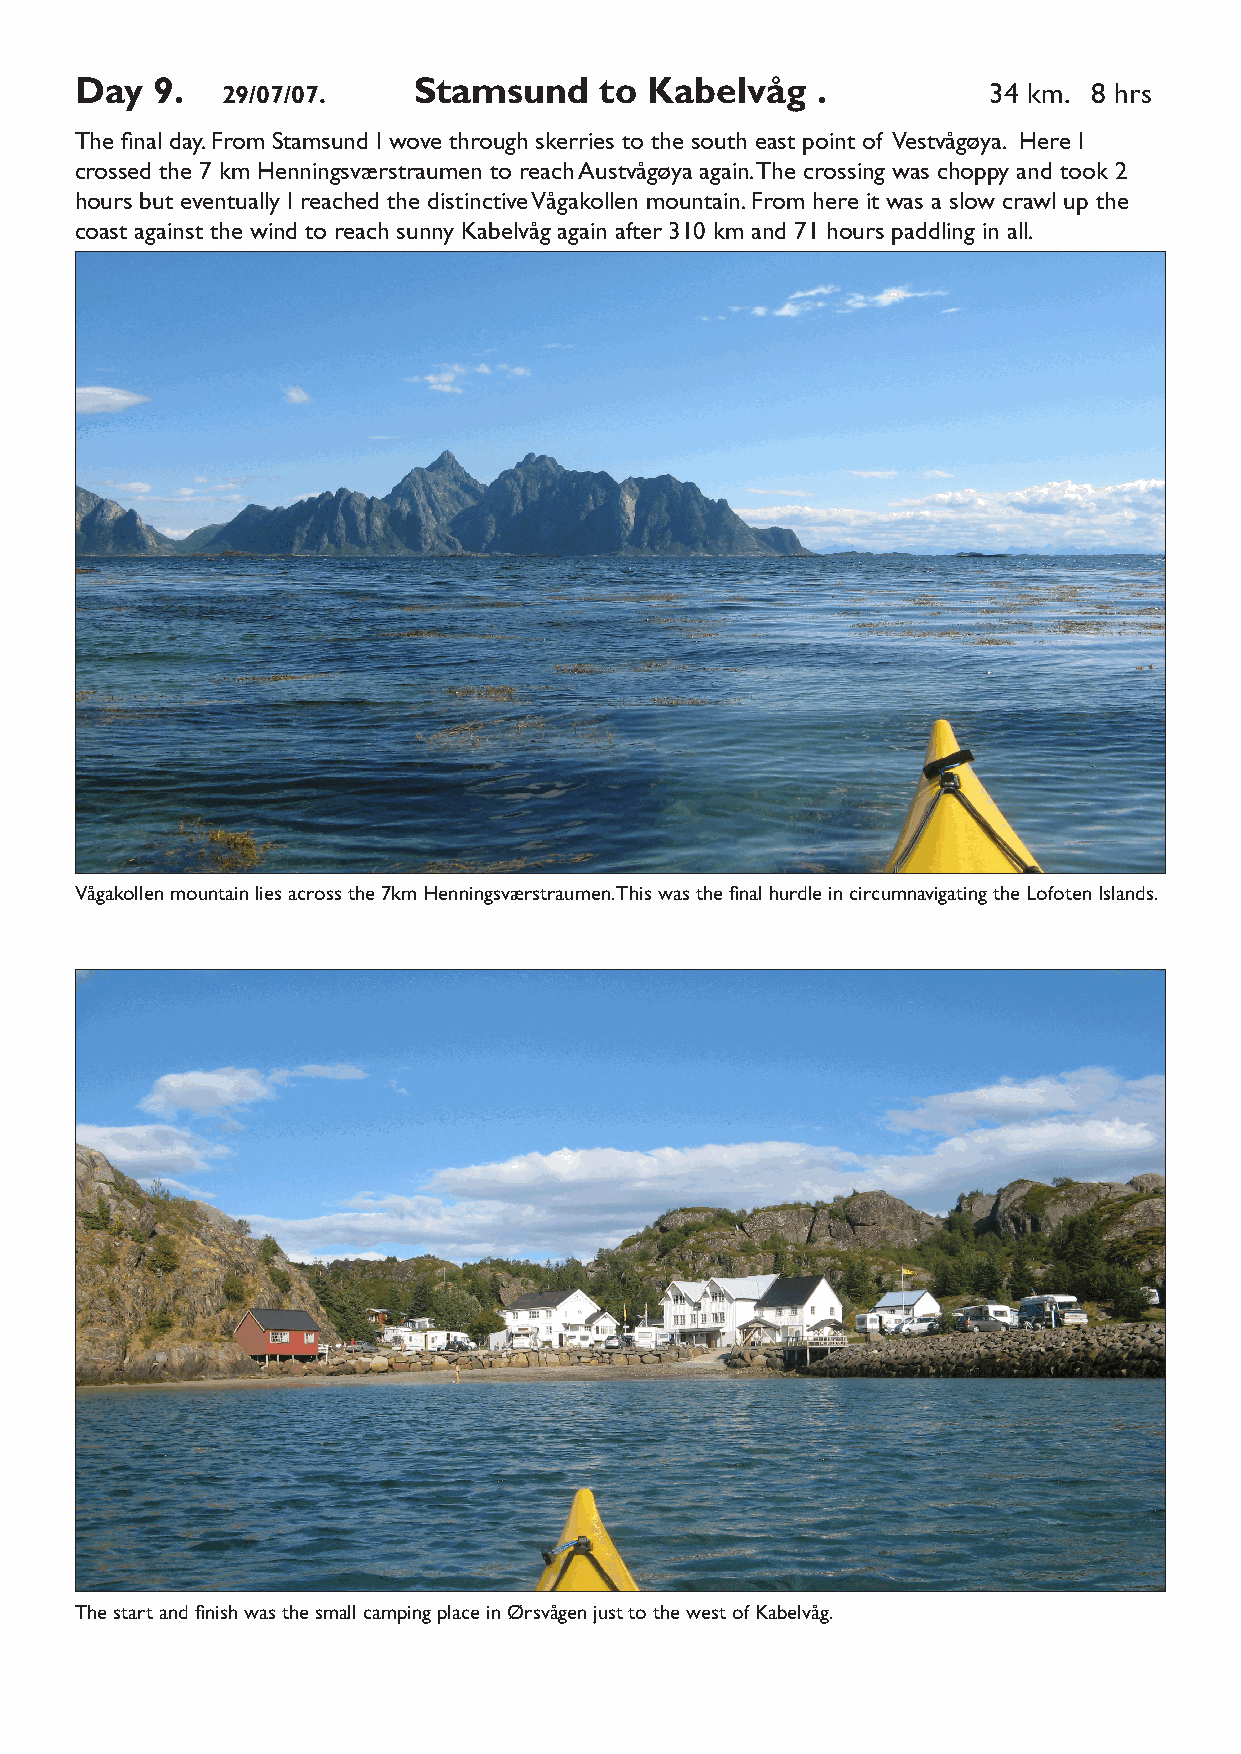
Day  9.   29/07/07.   Stamsund     to Kabelvåg   .           34 km. 8 hrs
 The final day. From Stamsund I wove through skerries to the south east point of Vestvågøya. Here I
 crossed the 7 km Henningsværstraumen to reach Austvågøya again. The crossing was choppy and took 2
 hours but eventually I reached the distinctive Vågakollen mountain. From here it was a slow crawl up the
 coast against the wind to reach sunny Kabelvåg again after 310 km and 71 hours paddling in all.
 Vågakollen mountain lies across the 7km Henningsværstraumen. This was the final hurdle in circumnavigating the Lofoten Islands.
 The start and finish was the small camping place in Ørsvågen just to the west of Kabelvåg.